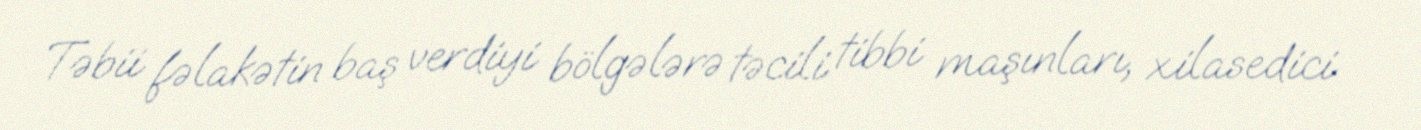
Təbii fəlakətin baş verdiyi bölgələrə təcili tibbi maşınları, xilasedici